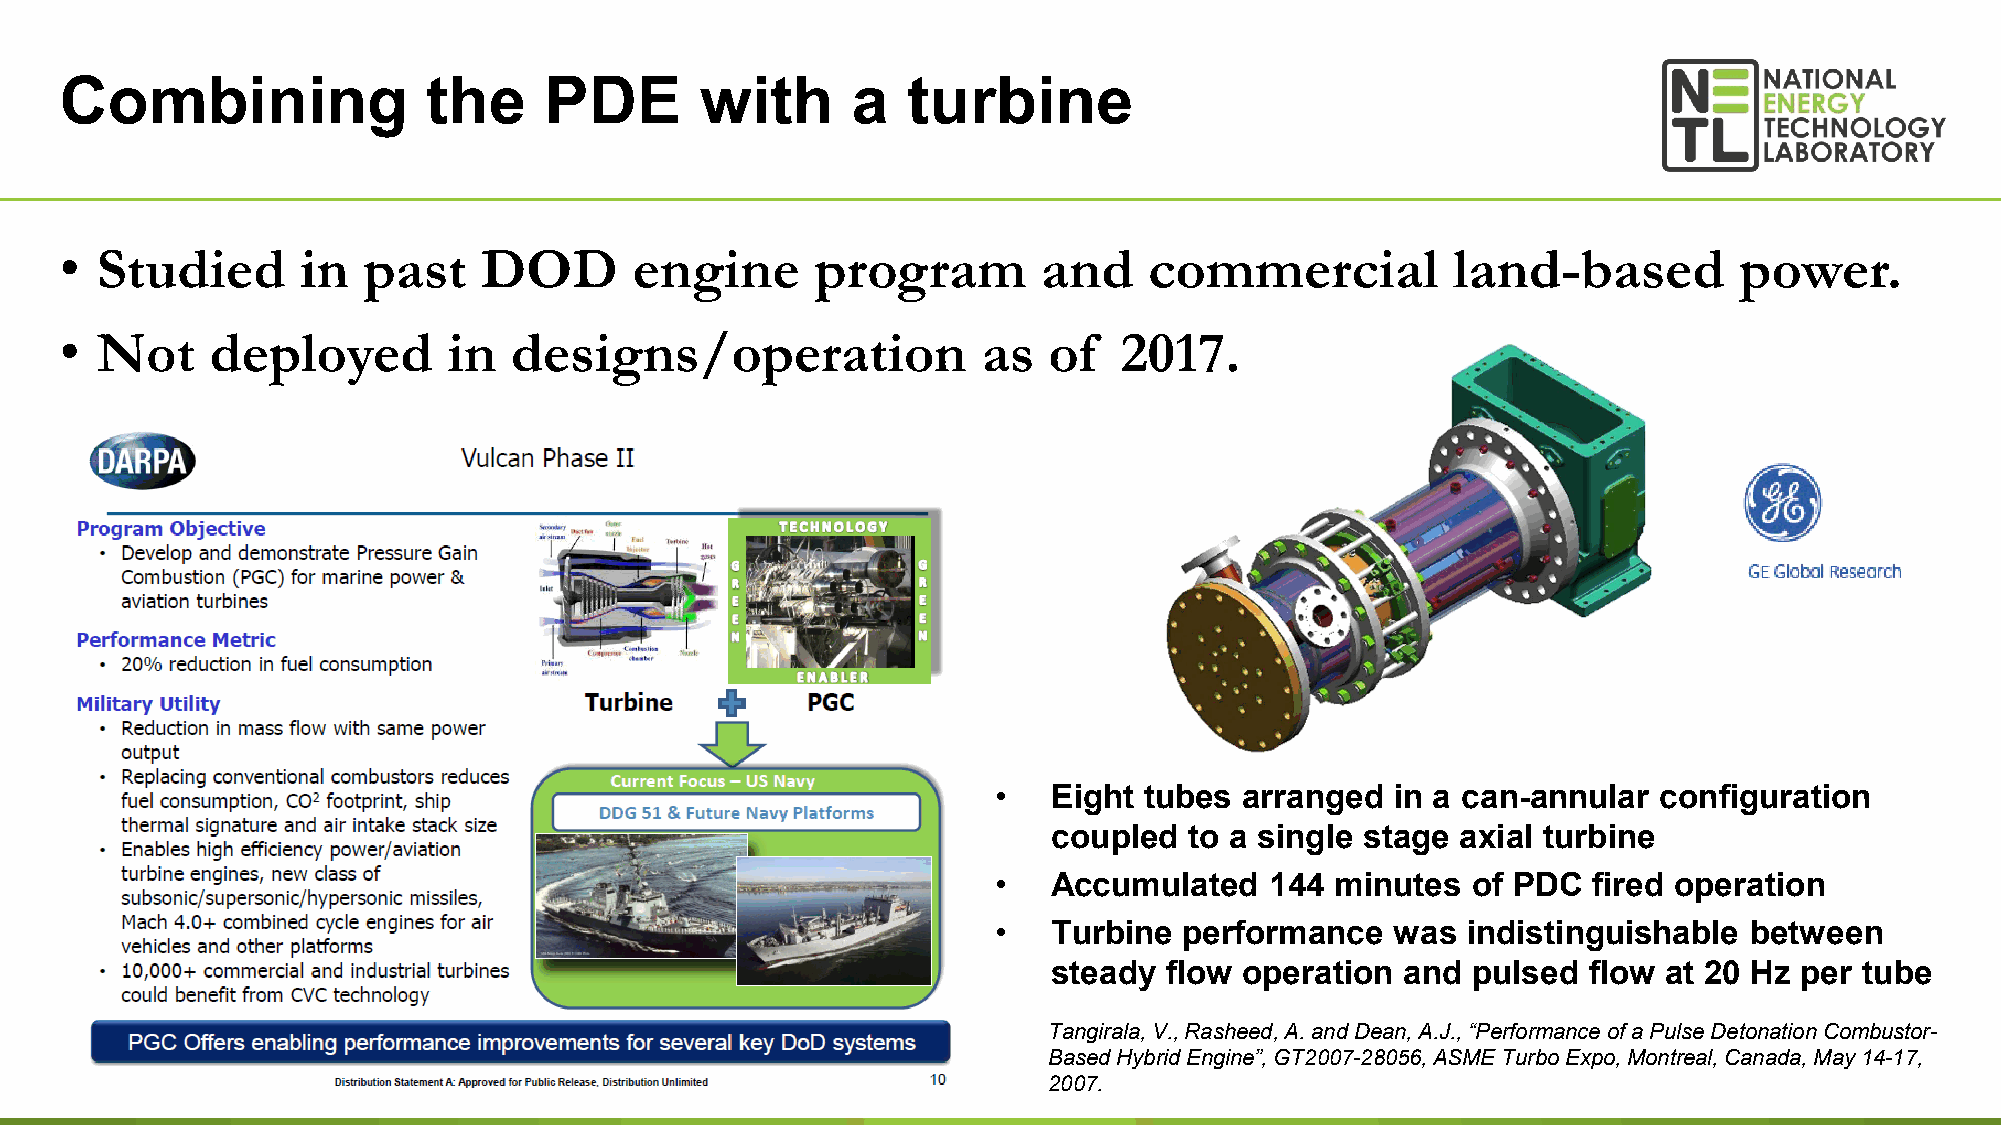
Combining               the     PDE       with      a   turbine
 • Studied       in  past    DOD       engine      program        and    commercial          land-based         power.
 • Not     deployed        in  designs/operation              as  of   2017.
 •   Eight tubes arranged  in a can-annular  configuration
 coupled  to a single stage axial turbine
 •   Accumulated   144 minutes  of PDC  fired operation
 •   Turbine performance   was  indistinguishable  between
 steady flow operation  and pulsed  flow at 20 Hz per tube
 Tangirala, V., Rasheed, A. and Dean, A.J., “Performance of a Pulse Detonation Combustor-
 Based Hybrid Engine”, GT2007-28056, ASME Turbo Expo, Montreal, Canada, May 14-17,
 25
 2007.